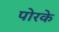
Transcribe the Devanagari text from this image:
पोरके